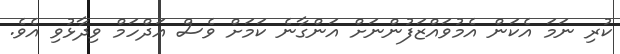
ކުރި ނަމަ އެކަން އެމުވައްޒަފުންނަށް އަންގާނެ ކަމަށް ވެސް އަދްހަމް ވިދާޅުވި އެވެ.